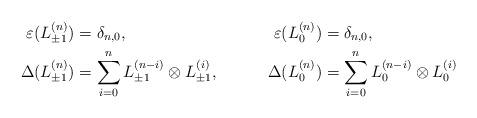
LaTeX: \begin{align*} \varepsilon(L_{\pm 1}^{(n)})&=\delta_{n,0},&\varepsilon (L_{0}^{(n)})&=\delta_{n,0},\\ \Delta(L_{\pm 1}^{(n)})&=\sum_{i=0}^{n}L_{\pm 1}^{(n-i)}\otimes L_{\pm 1}^{(i)},& \Delta (L_{0}^{(n)})&=\sum_{i=0}^{n}L_0^{(n-i)}\otimes L_0^{(i)}\end{align*}